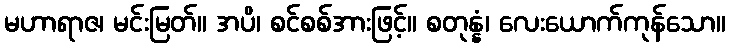
မဟာရာဇ၊ မင်းမြတ်။ အပိ၊ စင်စစ်အားဖြင့်။ စတုန္နံ၊ လေးယောက်ကုန်သော။